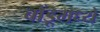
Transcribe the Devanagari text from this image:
बोंडूमध्ये